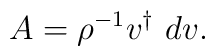
A=\rho^{-1} v^\dagger\ d v.